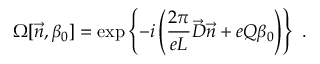
\Omega [ \vec { n } , \beta _ { 0 } ] = \exp \left\{ - i \left( \frac { 2 \pi } { e L } \vec { \cal D } \vec { n } + e Q \beta _ { 0 } \right) \right\} \ .